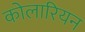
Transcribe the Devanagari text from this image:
कोलारियन